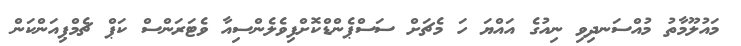
މައުލޫމާތު މުއްސަނދިވި ނިއުގެ އައްޔަ ހަ މެޗަށް ސަސްޕެންޑްކޮށްފިވެލެންސިއާ ވެޓަރަންސް ކަޕް ޗެމްޕިއަންކަން